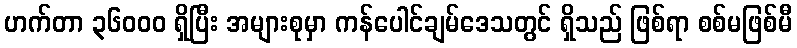
ဟက်တာ ၃၆၀၀၀ ရှိပြီး အများစုမှာ ကန်ပေါင်ချမ်ဒေသတွင် ရှိသည် ဖြစ်ရာ စစ်မဖြစ်မီ